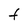
Character: t